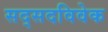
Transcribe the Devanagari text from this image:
सद्सदविवेक